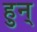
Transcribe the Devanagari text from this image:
हुन्